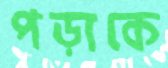
পড়াকে